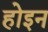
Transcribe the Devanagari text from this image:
होइन